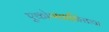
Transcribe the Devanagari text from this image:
एकोणचाळिसावा